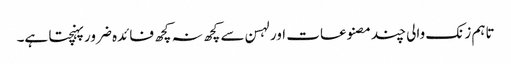
تاہم زنک والی چند مصنوعات اور لہسن سے کچھ نہ کچھ فائدہ ضرور پہنچتا ہے۔